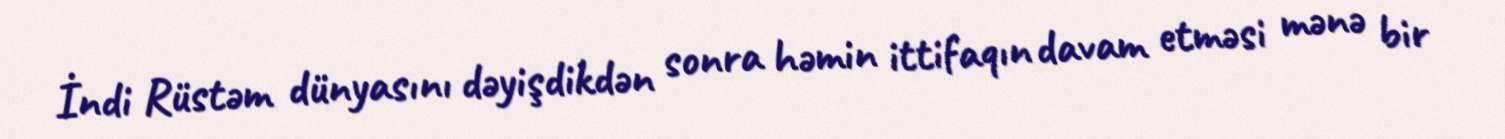
İndi Rüstəm dünyasını dəyişdikdən sonra həmin ittifaqın davam etməsi mənə bir